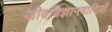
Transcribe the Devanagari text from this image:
जीवविज्ञानवादियों